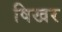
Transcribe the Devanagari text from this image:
षिखर